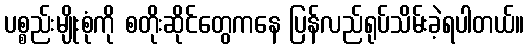
ပစ္စည်းမျိုးစုံကို စတိုးဆိုင်တွေကနေ ပြန်လည်ရုပ်သိမ်းခဲ့ရပါတယ်။